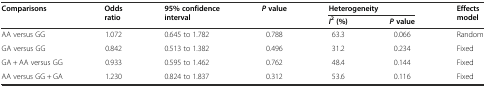
<table><thead><tr><td rowspan="2"><b>Comparisons</b></td><td rowspan="2"><b>Odds ratio</b></td><td rowspan="2"><b>95% confidence interval</b></td><td rowspan="2"><b><i>P</i>value</b></td><td colspan="2"><b>Heterogeneity</b></td><td rowspan="2"><b>Effects model</b></td></tr><tr><td><b><i>I</i><sup>2</sup> (%)</b></td><td><b><i>P</i>value</b></td></tr></thead><tbody><tr><td>AA versus GG</td><td>1.072</td><td>0.645 to 1.782</td><td>0.788</td><td>63.3</td><td>0.066</td><td>Random</td></tr><tr><td>GA versus GG</td><td>0.842</td><td>0.513 to 1.382</td><td>0.496</td><td>31.2</td><td>0.234</td><td>Fixed</td></tr><tr><td>GA + AA versus GG</td><td>0.933</td><td>0.595 to 1.462</td><td>0.762</td><td>48.4</td><td>0.144</td><td>Fixed</td></tr><tr><td>AA versus GG + GA</td><td>1.230</td><td>0.824 to 1.837</td><td>0.312</td><td>53.6</td><td>0.116</td><td>Fixed</td></tr></tbody></table>